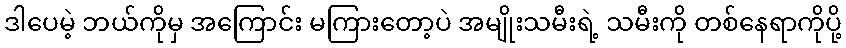
ဒါပေမဲ့ ဘယ်ကိုမှ အကြောင်း မကြားတော့ပဲ အမျိုးသမီးရဲ့ သမီးကို တစ်နေရာကိုပို့